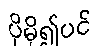
ပိုမို၍ပင်